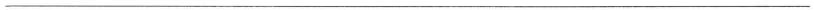
___